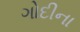
ગોદીના